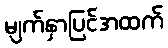
မျက်နှာပြင်အထက်